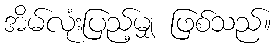
အိမ်လုံးပြည့်မျှ ဖြစ်သည်။